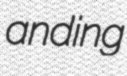
anding